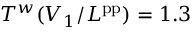
T ^ { w } ( V _ { 1 } / L ^ { \mathrm { p p } } ) = 1 . 3